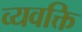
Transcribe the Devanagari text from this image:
व्यवक्ति